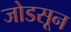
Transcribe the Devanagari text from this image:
जोडसून